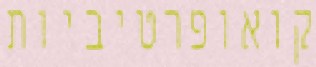
קואופרטיביות